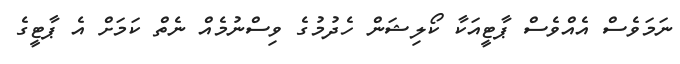
ނަމަވެސް އެއްވެސް ޕާޓީއަކާ ކޯލިޝަން ހެދުމުގެ ވިސްނުމެއް ނެތް ކަމަށް އެ ޕާޓީގެ